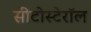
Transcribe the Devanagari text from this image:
सीटोस्टेरॉल